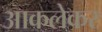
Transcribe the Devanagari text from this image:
आकलेकर